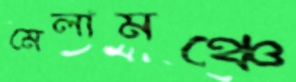
মেলামঞ্চে